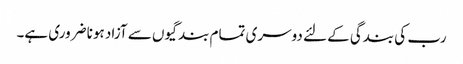
رب کی بندگی کے لئے دوسری تمام بندگیوں سے آزاد ہونا ضروری ہے۔